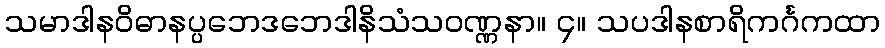
သမာဒါနဝိဓာနပ္ပဘေဒဘေဒါနိသံသဝဏ္ဏနာ။ ၄။ သပဒါနစာရိကင်္ဂကထာ